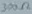
Text: 300Ω